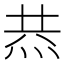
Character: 𤈉